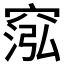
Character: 𥦷